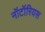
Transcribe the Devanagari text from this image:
नॉटॉरियस